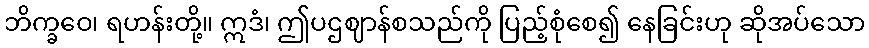
ဘိက္ခဝေ၊ ရဟန်းတို့။ ဣဒံ၊ ဤပဌဈာန်စသည်ကို ပြည့်စုံစေ၍ နေခြင်းဟု ဆိုအပ်သော